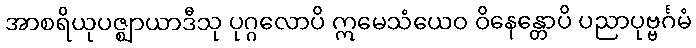
အာစရိယုပဇ္ဈာယာဒီသု ပုဂ္ဂလောပိ ဣမေသံယေဝ ဝိနေန္တောပိ ပညာပုဗ္ဗင်္ဂမံ